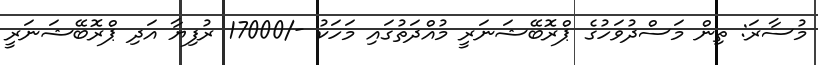
މުސާރަ: ތިން މަސްދުވަހުގެ ޕްރޮބޭޝަނަރީ މުއްދަތުގައި މަހަކު -/17000 ރުފިޔާ އަދި ޕްރޮބޭޝަނަރީ